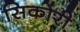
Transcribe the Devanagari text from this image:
सिकोरी